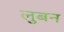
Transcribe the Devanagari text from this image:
लुबन